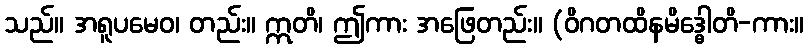
သည်။ အရူပမေဝ၊ တည်း။ ဣတိ၊ ဤကား အဖြေတည်း။ (ဝိဂတထိနမိဒ္ဓေါတိ-ကား။